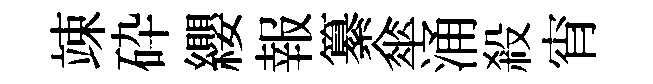
竦砕纓報纂傘涌殺宵